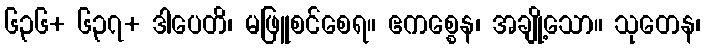
၆၃၆+ ၆၃၇+ ဒါပေတိ၊ မဖြူစင်စေရ။ ဧကစ္စေန၊ အချို့သော။ သုတေန၊